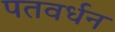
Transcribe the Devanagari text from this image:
पतवर्धन